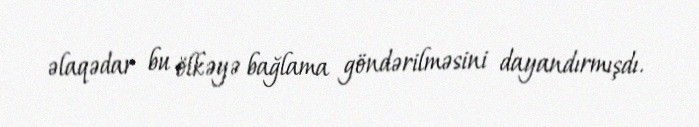
əlaqədar bu ölkəyə bağlama göndərilməsini dayandırmışdı.